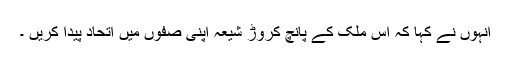
انہوں نے کہا کہ اس ملک کے پانچ کروڑ شیعہ اپنی صفوں میں اتحاد پیدا کریں ۔